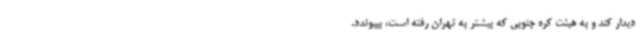
دیدار کند و به هیئت کره جنوبی که پیشتر به تهران رفته است، بپیوندد.